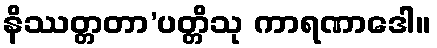
နိဿတ္တတာ’ပတ္တိသု ကာရဏာဒေါ။